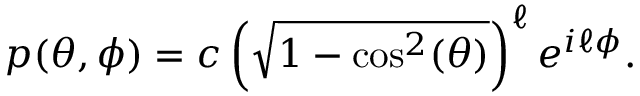
p ( \theta , \phi ) = c \left( { \sqrt { 1 - \mathrm { c o s } ^ { 2 } ( \theta ) } } \right) ^ { \ell } e ^ { i \ell \phi } .